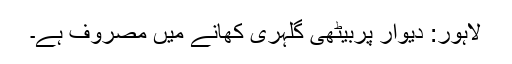
لاہور: دیوار پربیٹھی گلہری کھانے میں مصروف ہے۔